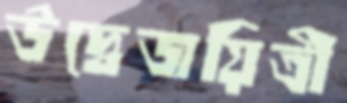
উদ্বেজয়িত্রী